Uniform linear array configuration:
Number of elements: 32
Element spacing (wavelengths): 0.5
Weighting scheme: blackman
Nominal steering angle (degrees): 60
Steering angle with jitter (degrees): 59.652
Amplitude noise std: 0.05
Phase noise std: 0.05

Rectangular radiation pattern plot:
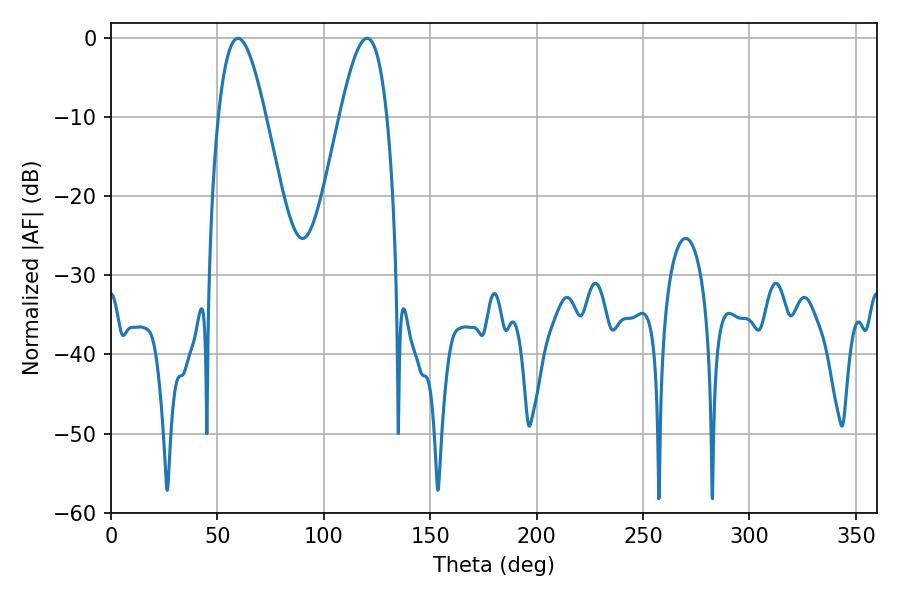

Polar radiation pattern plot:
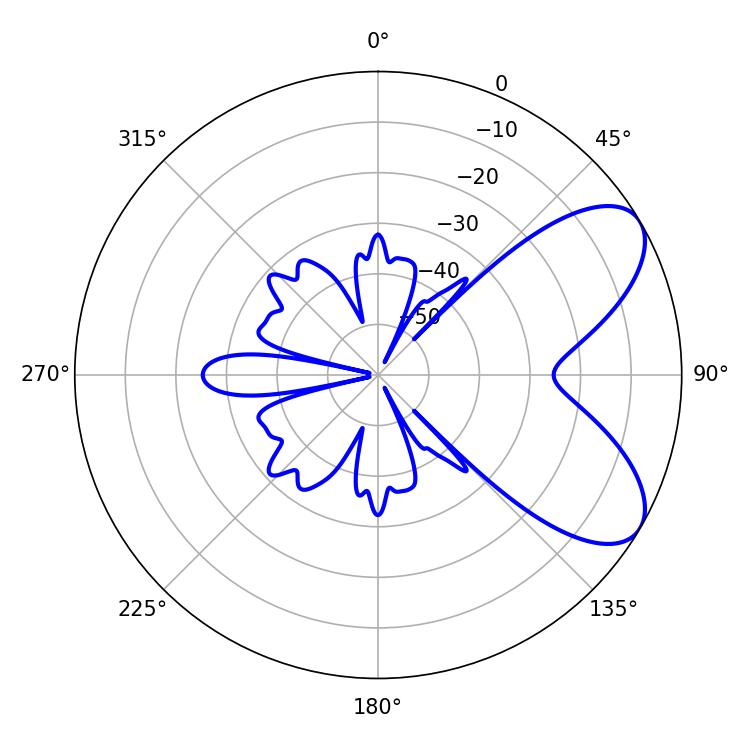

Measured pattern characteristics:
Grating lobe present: FALSE
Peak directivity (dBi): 7.012
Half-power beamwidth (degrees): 12.06
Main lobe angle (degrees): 59.58